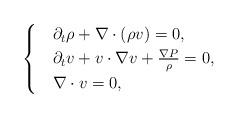
LaTeX: \begin{align*}\begin{cases}& \partial_{t}\rho + \nabla \cdot (\rho v) = 0, \\& \partial_{t}{v}+{v} \cdot \nabla {v} + \frac{\nabla {P}}{\rho}=0, \\& \nabla \cdot v = 0,\end{cases}\end{align*}